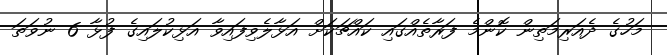
މަހުގެ ދެއަރިމަތިން ކޮންމެ ފަރާތެއްގައި ކައްޗަކަށް އަޅާލެވިފައިވާ އަޅިކުލައިގެ ފުޅާ 6 ނުވަތަ